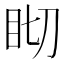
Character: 䀙